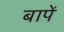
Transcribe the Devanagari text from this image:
बापें